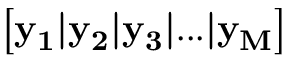
\left[ \bf y _ { 1 } | \bf y _ { 2 } | \bf y _ { 3 } | . . . | \bf y _ { M } \right]